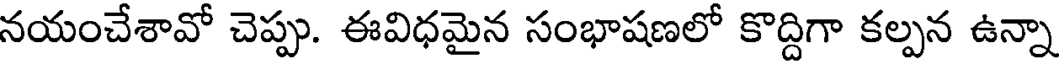
నయంచేశావో చెప్పు. ఈవిధమైన సంభాషణలో కొద్దిగా కల్పన ఉన్నా